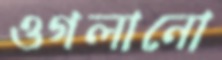
ওগলানো